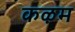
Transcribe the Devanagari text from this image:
कऴम